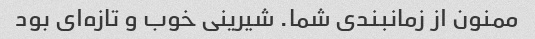
ممنون از زمانبندی شما. شیرینی خوب و تازه‌ای بود